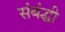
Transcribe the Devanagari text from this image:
संबंद्घी